Plague in India, 1896, 1897 - Volume 2
Year: 1896
Disease focus: Plague
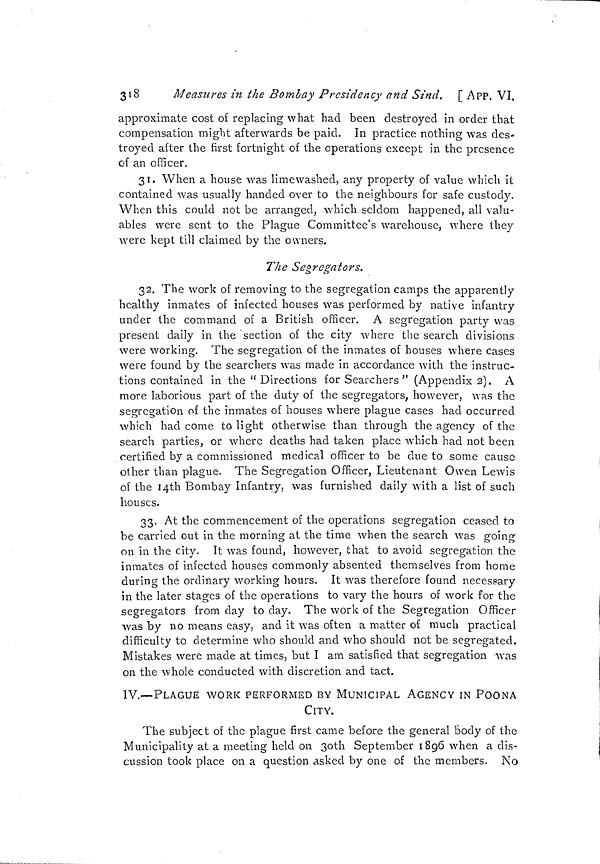
318
Measures in the Bombay Presidency and Sind. [ A PP. VI.
approximate cost of replacing what had been destroyed in order that
compensation might afterwards be paid. In practice nothing was des-
troyed after the first fortnight of the operations except in the presence
of an officer.
31. When a house was lime washed, any property of value which it
contained was usually handed over to the neighbours for safe custody.
When this could not be arranged, which seldom happened, all valu-
ables were sent to the Plague Committee's warehouse, where they
were kept till claimed by the owners.
The Segregators.
32. The work of removing to the segregation camps the apparently
healthy inmates of infected houses was performed by native infantry
under the command of a British officer. A segregation party was
present daily in the "section of the city where the search divisions
were working. The segregation of the inmates of houses where cases
were found by the searchers was made in accordance with the instruc-
tions contained in the " Directions for Searchers " (Appendix 2). A
more laborious part of the duty of the segregators, however, was the
segregation of the inmates of houses where plague cases had occurred
which had come to light otherwise than through the agency of the
search parties, or where deaths had taken place which had not been
certified by a commissioned medical officer to be due to some cause
other than plague. The Segregation Officer, Lieutenant Owen Lewis
of the 14th Bombay Infantry, was furnished daily with a list of such
houses.
33. At the commencement of the operations segregation ceased to
be carried out in the morning at the time when the search was going
on in the city. It was found, however, that to avoid segregation the
inmates of infected houses commonly absented themselves from home
during the ordinary working hours. It was therefore found necessary
in the later stages of the operations to vary the hours of work for the
segregators from day to day. The work of the Segregation Officer
was by no means easy, and it was often a matter of much practical
difficulty to determine who should and who should not be segregated.
Mistakes were made at times, but I am satisfied that segregation was
on the whole conducted with discretion and tact.
IV.—PLAGUE WORK PERFORMED BY MUNICIPAL AGENCY IN POONA
CITY.
The subject of the plague first came before the general body of the
Municipality at a meeting held on 3oth September 1896 when a dis-
cussion took place on a question asked by one of the members. No